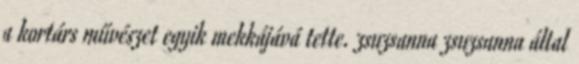
a kortárs művészet egyik mekkájává tette. zsuzsanna zsuzsanna által